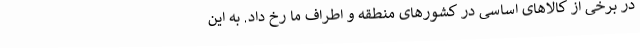
در برخی از کالاهای اساسی در کشورهای منطقه و اطراف ما رخ داد. به این